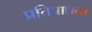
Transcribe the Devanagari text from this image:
प्रतिपाद्यन्त्त